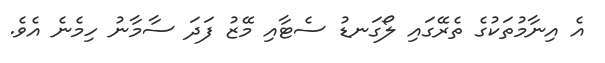
އެ އިނާމުތަކުގެ ތެރޭގައި ލޯގަނޑު ސެޓާއި މޭޒު ފަދަ ސާމާނު ހިމެނެ އެވެ.